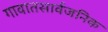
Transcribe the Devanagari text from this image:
गावातसार्वजनिक